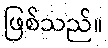
ဖြစ်သည်။